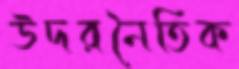
উদরনৈতিক